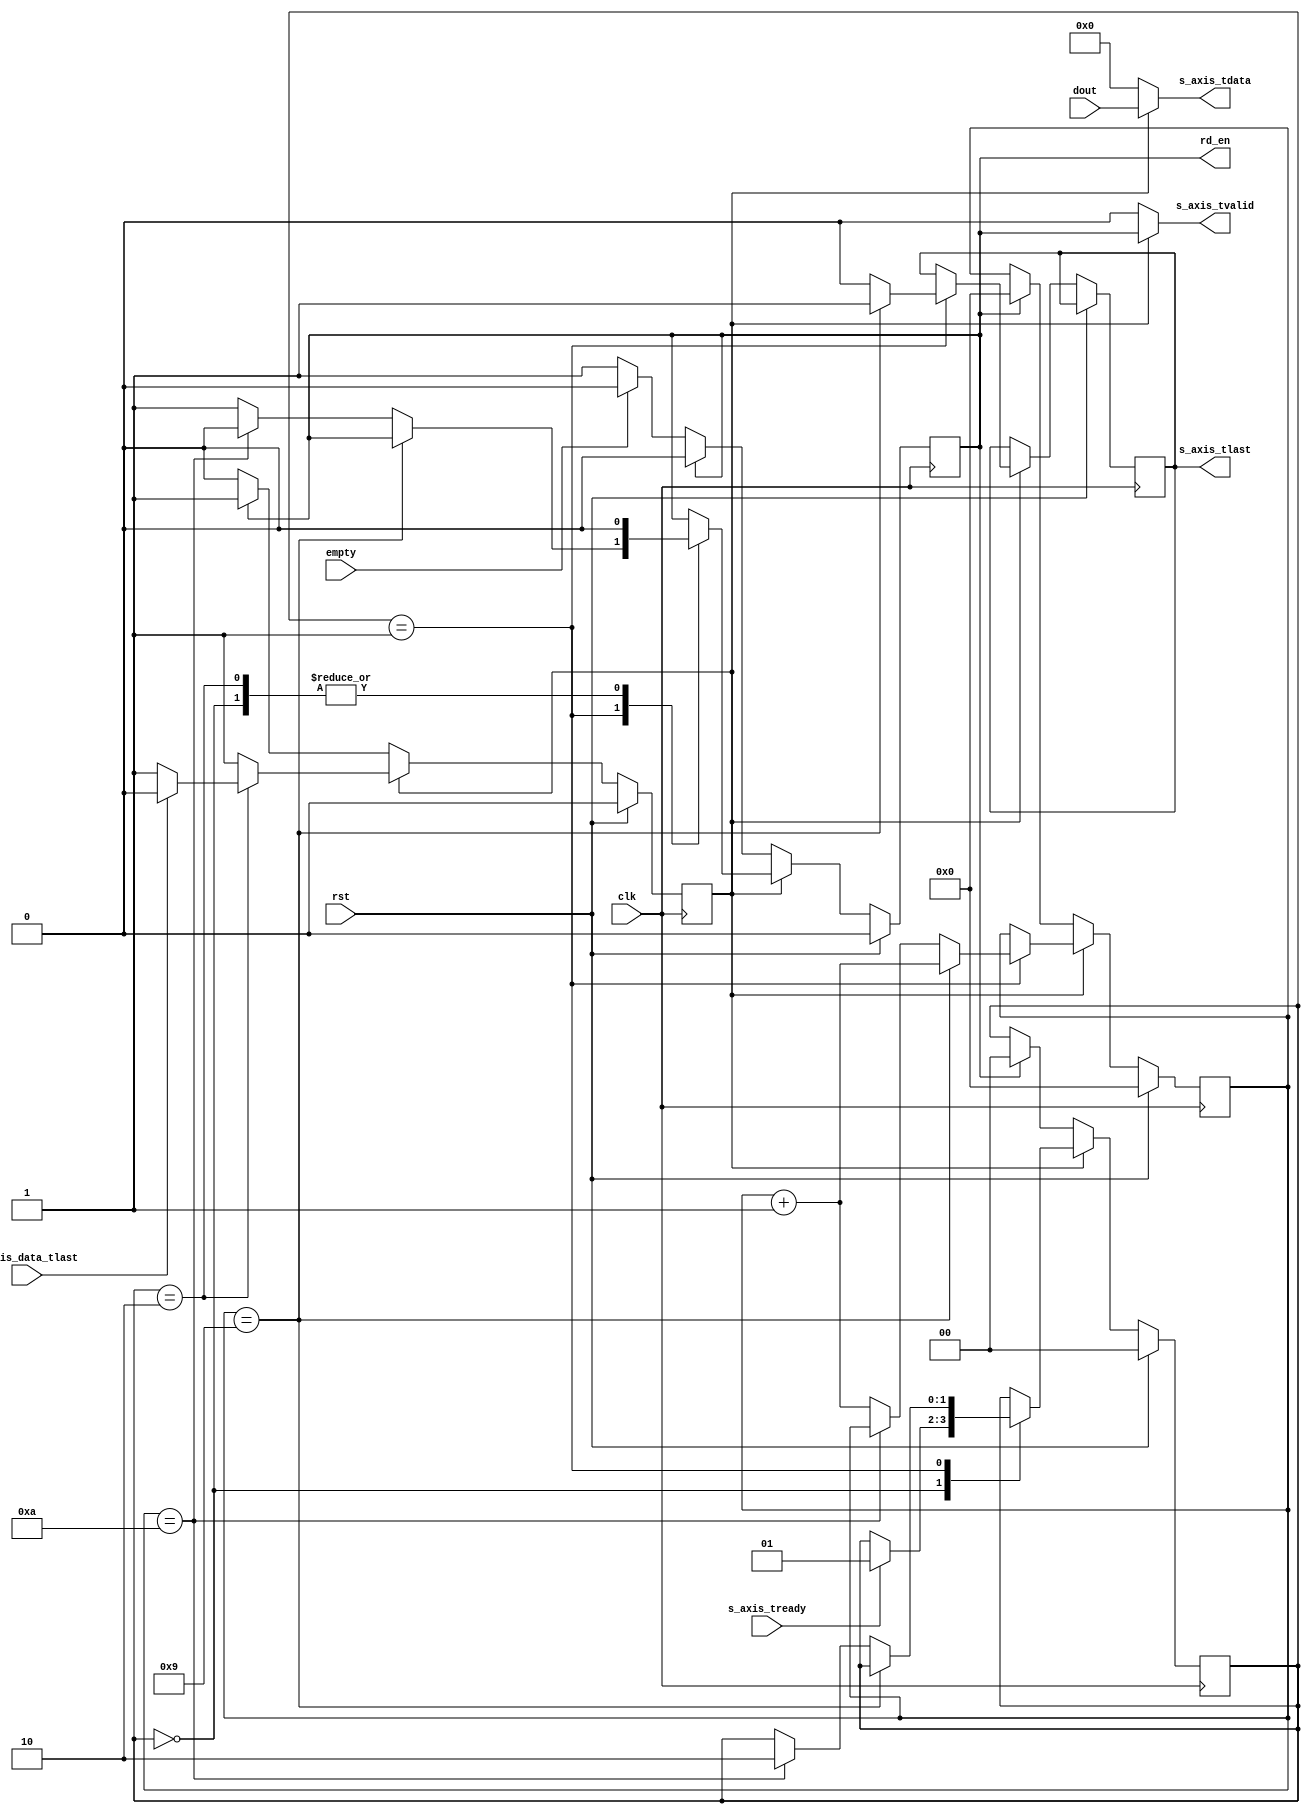
module fifo_reader#(parameter num_to_read = 10, DATA_WIDTH = 16)(
    input wire clk,
    input wire rst,
    input wire [DATA_WIDTH-1:0] dout,
    output reg rd_en,
    input wire empty,
    input wire s_axis_tready,   
    input wire m_axis_data_tlast,    
    output wire s_axis_tvalid,
    output reg s_axis_tlast,
    output wire [DATA_WIDTH-1:0]s_axis_tdata  
);
// ------------- Implementing The FIFO To AXI4 ---------------------------
// -------------_ Reading X Data ---------------------------------------

assign s_axis_tdata = (~rst_done)?{(DATA_WIDTH-1){1'b0}}:dout;  // If not rst_done, tdataout = 0, else = dout
assign s_axis_tvalid = (~rst_done)?0:rd_en;         // If Not rst_done, s_axis_tavlid = 0, else = rd_en


reg[$clog2(num_to_read):0] cnt;       // Based On The Parameter
reg rst_done;
reg[1:0] state;

always@(posedge clk) begin
    // For The First Time
    // FIFO will read an invalid Data From Former Module
    // If fifo is not empty
    // Will Read An Invalid Value
    // So We Read One In Advance
    if (rst)  begin
        rst_done <= 0;
        rd_en <= 0;
        cnt <= 0;
        state <= 0;
        
    end
    else begin
        if (!rst_done) begin
            // For The first Time held rd_en HIGH for 1 clk
            if (!empty) begin
                rd_en <= 1;
            end

            if (rd_en) begin
                rd_en <= 0;
                cnt <= 0;
                state <= 0;
                rst_done <= 1;
            end 
        end

        // After Reset Done, Read N Data 
        else begin
            case(state)
                2'b00: begin          // IDLE STATE, NO RD, WAIT FOR 
                    rd_en <= 0;         
                    if (s_axis_tready) begin
                        state <= 1;
                    end
                end
                2'b01: begin
                    if (cnt == num_to_read-1) begin
                        s_axis_tlast <= 1;
                        cnt <= cnt + 1;
                    end
                    else if (cnt == num_to_read) begin      // Latch The cnt, Don't let it ++, Will Keep It Always At num_to_read
                        s_axis_tlast <= 0;
                        rd_en <= 0;
                        state <= 2;
                    end
                    else begin
                        rd_en <= 1;
                        cnt <= cnt + 1;
                        s_axis_tlast = 0;
                    end
                end
                2'b10: begin
                    rd_en <= 0;
                    if (m_axis_data_tlast) begin    // Only When FFT Calc Is Done, Then rst_done = 0, Start Next Round Of Reading
                        rst_done <= 0;
                    end                    
                end
            endcase
            

            // if (s_axis_tready) begin            // If The Latter Module Is Ready, Start Giving
                
            //     if (cnt == num_to_read-1) begin
            //         s_axis_tlast <= 1;
            //         cnt <= cnt + 1;
            //     end
            //     else if (cnt == num_to_read) begin      // Latch The cnt, Don't let it ++, Will Keep It Always At num_to_read
            //         s_axis_tlast <= 0;
            //         rd_en <= 0;
            //         if (m_axis_data_tlast) begin    // Only When FFT Calc Is Done, Then rst_done = 0, Start Next Round Of Reading
            //             rst_done <= 0;
            //         end
            //     end
            //     else begin
            //         rd_en <= 1;
            //         cnt <= cnt + 1;
            //         s_axis_tlast = 0;
            //     end
                
            // end
            // else begin                          // If The Latter Module Is Not Ready, DONT Read FIFO
            //     rd_en <= 0;
            // end
            
        end
           
    end
end


// // -------------- The FIFO ----------------
// fifo_generator_0 your_instance_name (
//   .clk(clk),                // input wire clk
//   .srst(rst),              // input wire srst
//   .din(din),                // input wire [15 : 0] din
//   .wr_en(wr_en),            // input wire wr_en
//   .rd_en(rd_en),            // input wire rd_en
//   .dout(dout),              // output wire [15 : 0] dout
//   .full(full),              // output wire full
//   .empty(empty),            // output wire empty
//   .data_count(data_count)  // output wire [9 : 0] data_count
// );


endmodule